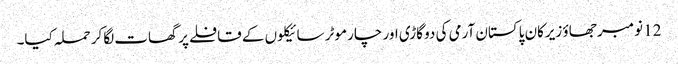
12 نومبر جھاؤ زیرکان پاکستان آرمی کی دو گاڑی اور چار موٹر سائیکلوں کے قافلے پر گھات لگاکر حملہ کیا۔